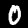
Digit: 0